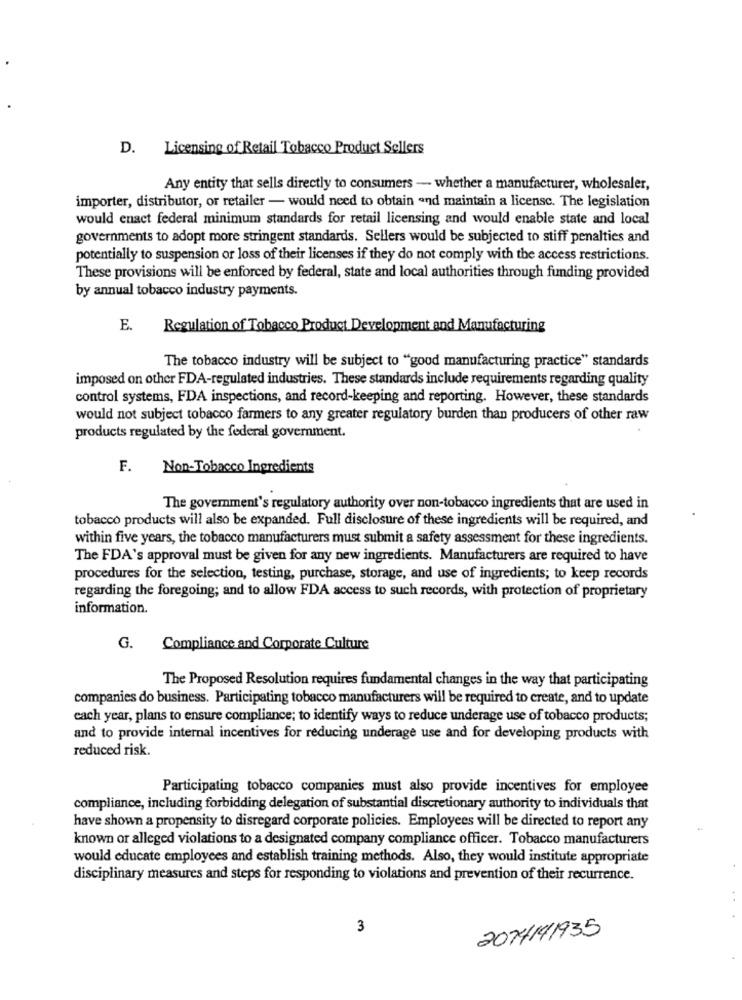
D. Licensing of Retail Tobacco Product Sellers
Any entity that sells directly to consumers - whether a manufacturer, wholesaler,
importer, distributor, or retailer - would need to obtain and maintain a license. The legislation
would enact federal minimum standards for retail licensing and would enable state and local
governments to adopt more stringent standards. Sellers would be subjected to stiff penalties and
potentially to suspension or loss of their licenses if they do not comply with the access restrictions.
These provisions will be enforced by federal, state and local authorities through funding provided
by annual tobacco industry payments.
E.
Regulation of Tobacco Product Development and Manufacturing
The tobacco industry will be subject to "good manufacturing practice" standards
imposed on other FDA-regulated industries. These standards include requirements regarding quality
control systems, FDA inspections, and record-keeping and reporting. However, these standards
would not subject tobacco farmers to any greater regulatory burden than producers of other raw
products regulated by the federal government.
F.
Non-Tobacco Ingredients
The government's regulatory authority over non-tobacco ingredients that are used in
tobacco products will also be expanded. Full disclosure of these ingredients will be required, and
within five years, the tobacco manufacturers must submit a safety assessment for these ingredients.
The FDA's approval must be given for any new ingredients. Manufacturers are required to have
procedures for the selection, testing, purchase, storage, and use of ingredients; to keep records
regarding the foregoing; and to allow FDA access to such records, with protection of proprietary
information.
G.
Compliance and Corporate Culture
The Proposed Resolution requires fundamental changes in the way that participating
companies do business. Participating tobacco manufacturers will be required to create, and to update
each year, plans to ensure compliance; to identify ways to reduce underage use of tobacco products;
and to provide internal incentives for reducing underage use and for developing products with
reduced risk.
Participating tobacco companies must also provide incentives for employee
compliance, including forbidding delegation of substantial discretionary authority to individuals that
have shown a propensity to disregard corporate policies. Employees will be directed to report any
known or alleged violations to a designated company compliance officer. Tobacco manufacturers
would educate employees and establish training methods. Also, they would institute appropriate
disciplinary measures and steps for responding to violations and prevention of their recurrence.
3
2014141935